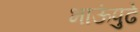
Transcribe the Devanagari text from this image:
भाऊंपुढे